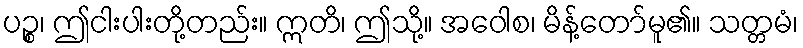
ပဉ္စ၊ ဤငါးပါးတို့တည်း။ ဣတိ၊ ဤသို့။ အဝေါစ၊ မိန့်တော်မူ၏။ သတ္တမံ၊